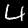
Digit: 4